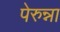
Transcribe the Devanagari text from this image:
पेरुन्ना